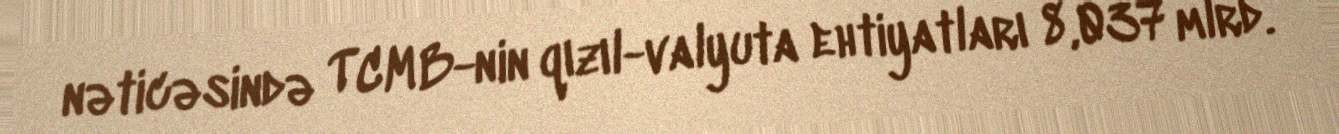
nəticəsində TCMB-nin qızıl-valyuta ehtiyatları 8,037 mlrd.